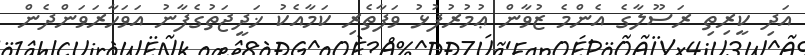
އަދި ކީރިތި ރަސޫލާގެ އެންމެ ޒުވާން ޢުމުރުފުޅު ވަފާތެރި ކަމާއެކު ޚަދީޖަތުގެފާނު އަވަހާރަވަންދެން